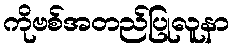
ကိုဗစ်အတည်ပြုလူနာ